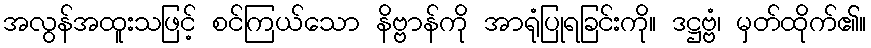
အလွန်အထူးသဖြင့် စင်ကြယ်သော နိဗ္ဗာန်ကို အာရုံပြုရခြင်းကို။ ဒဋ္ဌဗ္ဗံ၊ မှတ်ထိုက်၏။